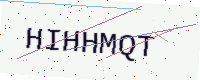
Text: HIHHMQT